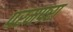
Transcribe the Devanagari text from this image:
परमपरा